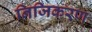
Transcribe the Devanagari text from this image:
निजिकरण